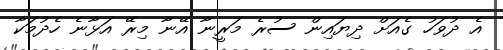
އެ ދުވަހު ގެއަށް ދިޔައިން ސުރެ މަރީނާ އޭނާ މިރޭ އަޅާނެ ހެދުމަކާ